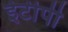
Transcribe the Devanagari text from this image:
ईटीपी